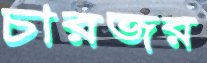
চারজর